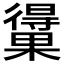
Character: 𰙃